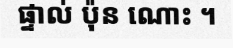
ផ្ទាល់ ប៉ុន ណោះ ។